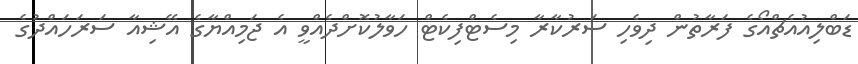
ޑަބްލިއުއެޗްއޯގެ ފަރާތުން ދިވެހި ސަރުކާރާ މިސެޓްފިކެޓް ހަވާލުކޮށްދެއްވީ އެ ޖަމިއްޔާގެ އޭޝިއާ ސަރަހައްދުގެ